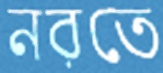
নরতে